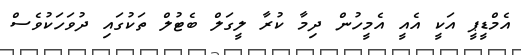
އެމްޑީޕީ އަކީ އެއީ އެމީހުން ދިމާ ކުރާ ލީގަލް ބެޓުލް ތަކުގައި ދުވަހަކުވެސް